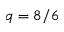
q = 8 / 6